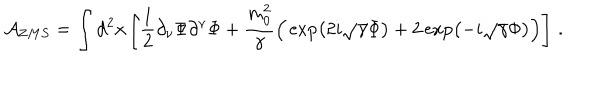
{ \cal A } _ { \mathrm Z M S } = \int { \mathrm d } ^ { 2 } x \left[ \frac { 1 } { 2 } \partial _ { \nu } \Phi \partial ^ { \nu } \Phi + \frac { m _ { 0 } ^ { 2 } } { \gamma } \Big ( \exp \left( 2 i \sqrt { \gamma } \Phi \right) + 2 \exp \left( - i \sqrt { \gamma } \Phi \right) \Big ) \right] \, .